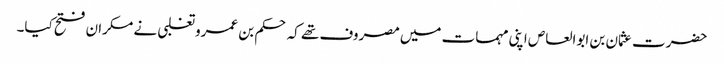
حضرت عثمان بن ابوالعاص اپنی مہمات میں مصروف تھے کہ حکم بن عمرو تغلبی نے مکران فتح کیا۔